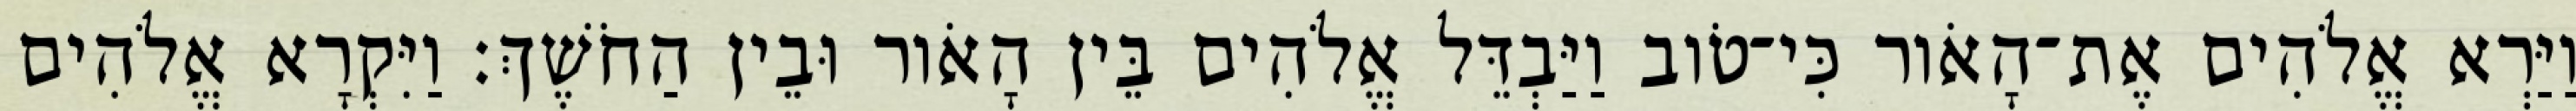
וַיַּרְא אֱלֹהִים אֶת־הָאֹור כִּי־טֹוב וַיַּבְדֵּל אֱלֹהִים בֵּין הָאֹור וּבֵין הַחֹשֶׁךְ׃ וַיִּקְרָא אֱלֹהִים